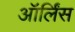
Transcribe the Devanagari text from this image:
ऑर्लिंस